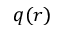
q ( r )